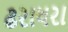
ઢરાધરા